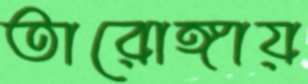
তারোঙ্গায়